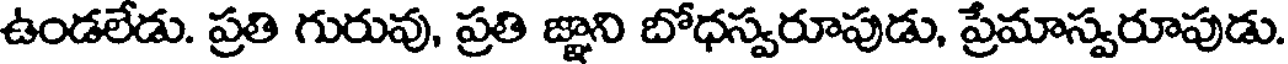
ఉండలేడు. ప్రతి గురువు, ప్రతి జ్ఞాని బోధస్వరూపుడు, ప్రేమాస్వరూపుడు.